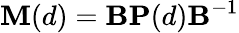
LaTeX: \mathbf{M}(d)=\mathbf{B}\mathbf{P}(d)\mathbf{B}^{-1}